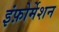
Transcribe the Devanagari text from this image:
इंफ़ोर्मेशन